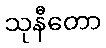
သုနီတော